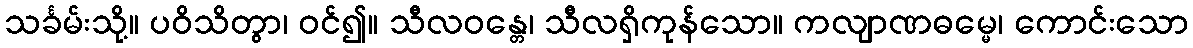
သင်္ခမ်းသို့။ ပဝိသိတွာ၊ ဝင်၍။ သီလဝန္တေ၊ သီလရှိကုန်သော။ ကလျာဏဓမ္မေ၊ ကောင်းသော